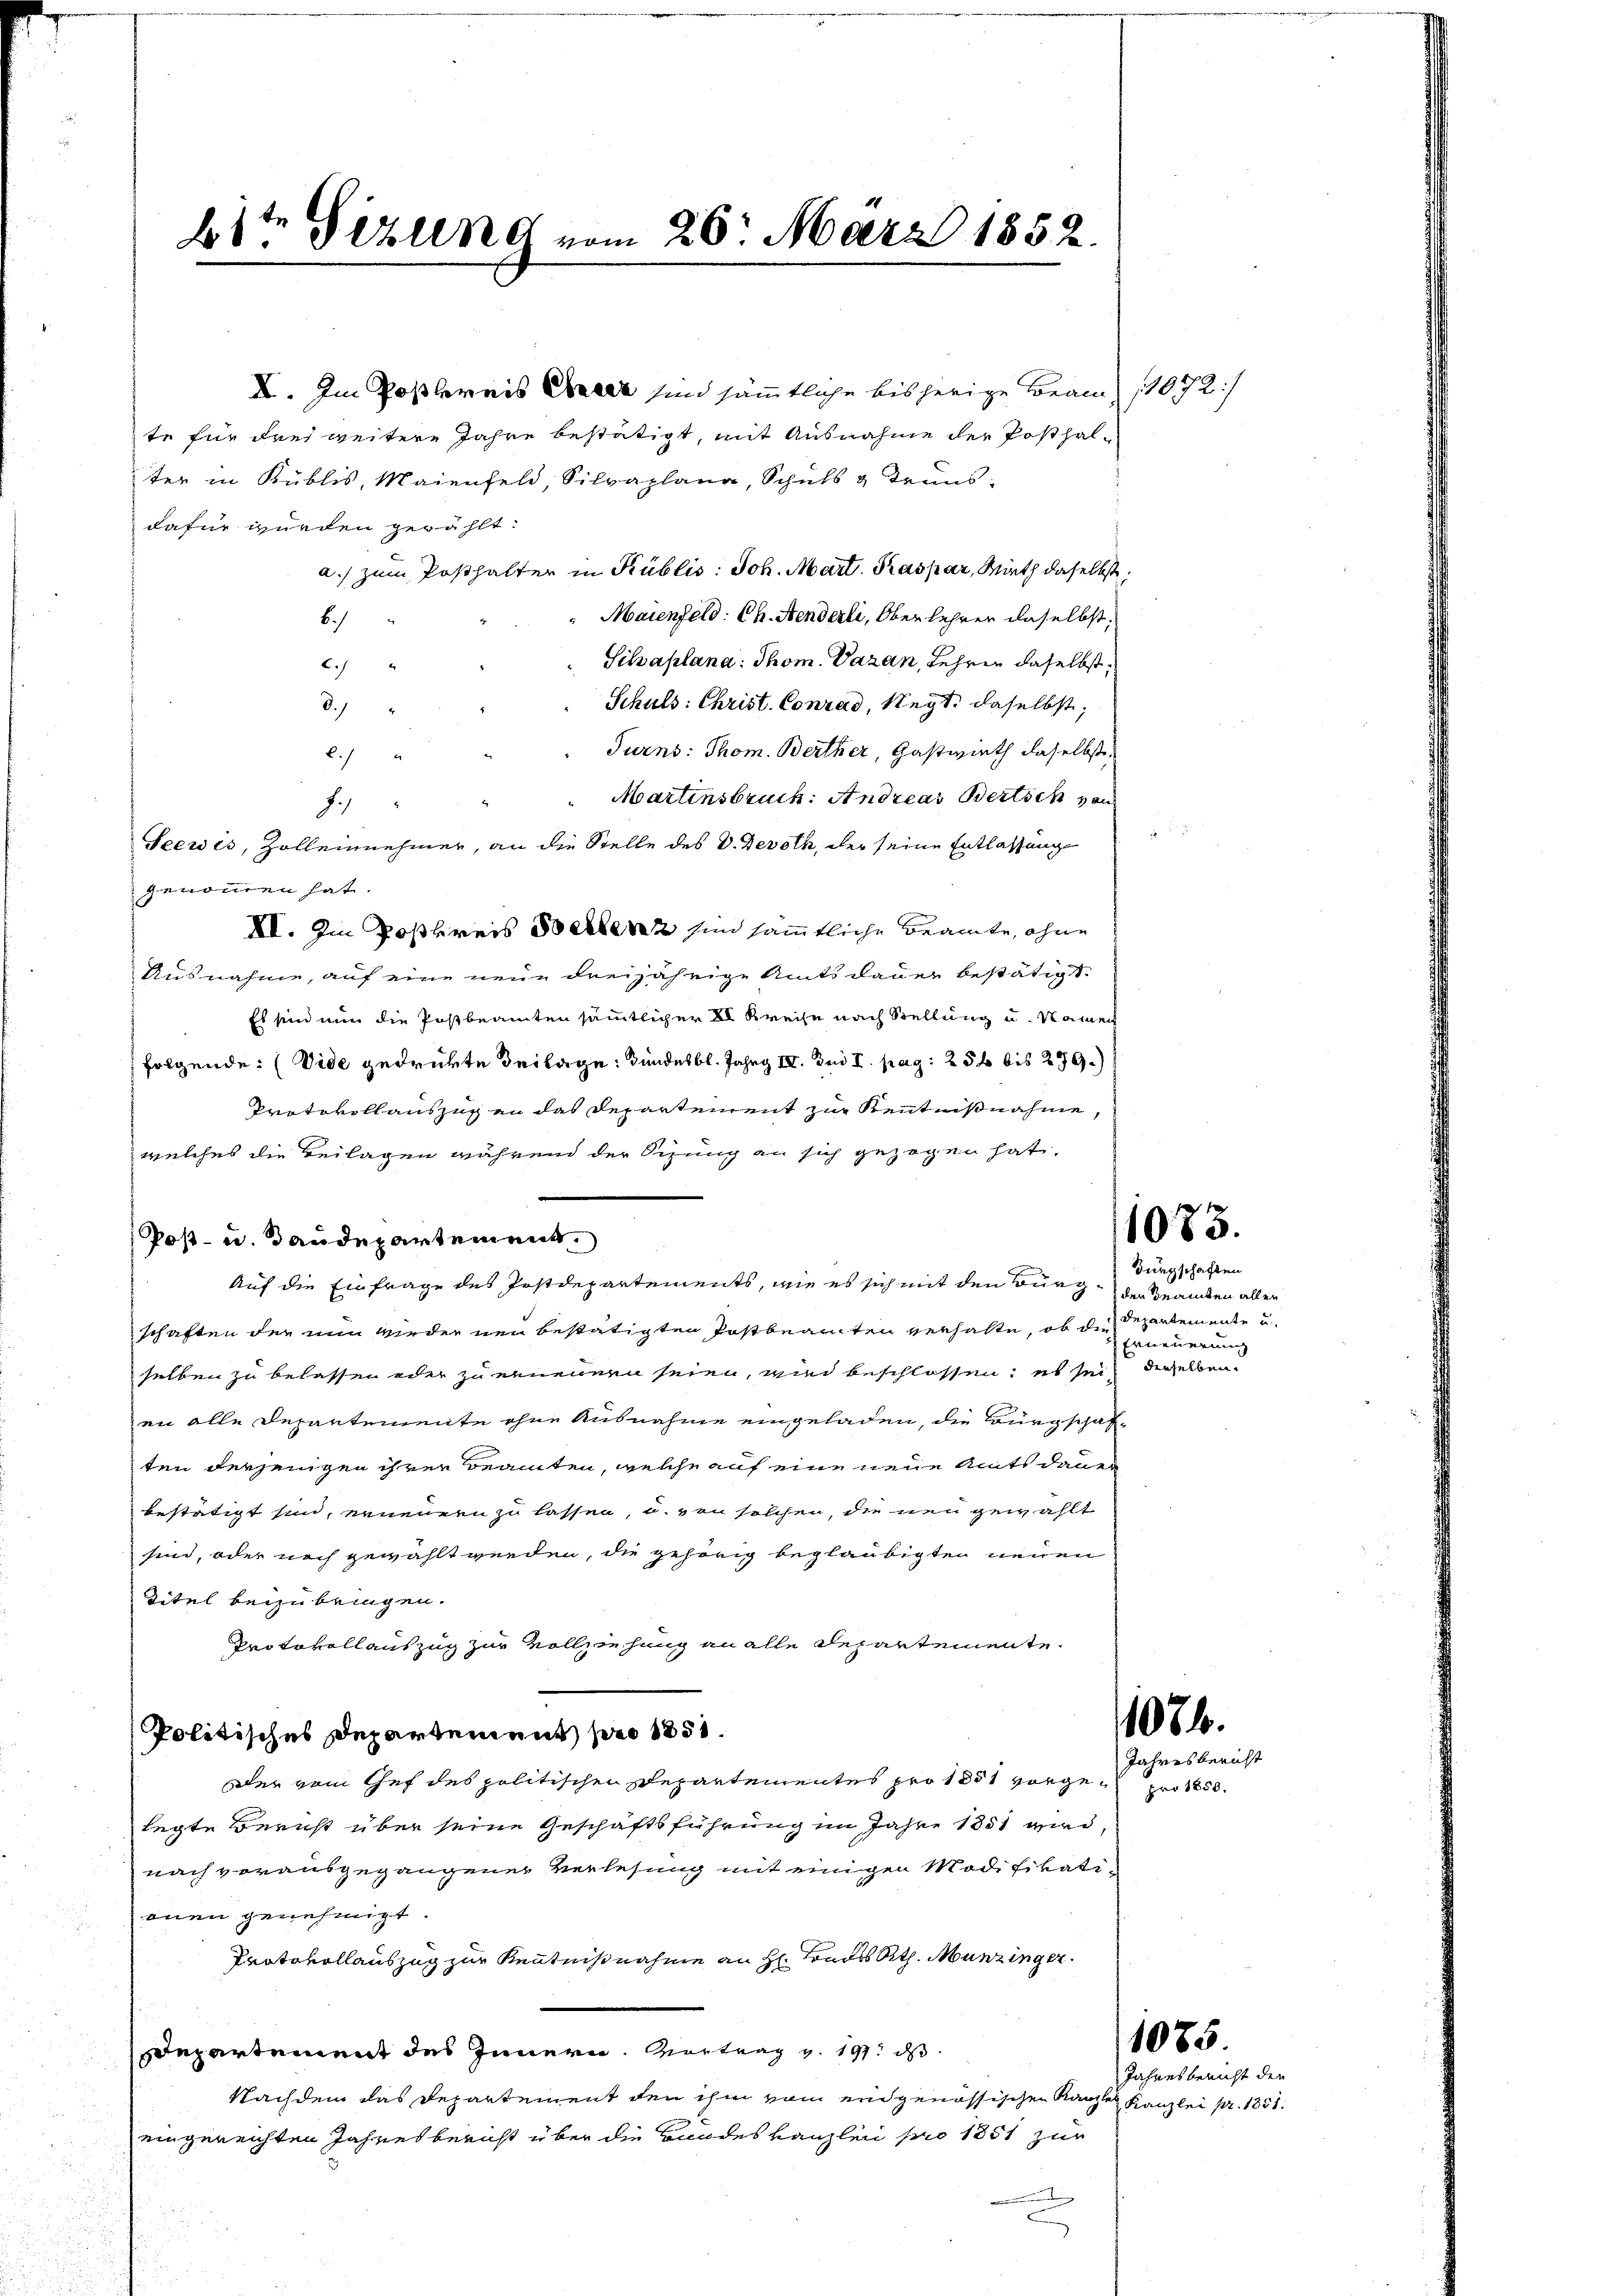
2ste Verung vom 26. März 1852.

I. Im Postlereis Seele sind sämmtliche bisherige Brand 11072/
te für drei weitere Jahre bestätigt, mit Ausnahme der Posthalter in Küblis, Maienfeld, Silvaplana, Schuls & Trunsdafür würden gewählt:
a.) zum Posthalter in Küblis: Joh. Mart. Kaspar, Wirth daselbst
Maienfeld: Ch. Aenderli, Oberlehrer daselbst.
6.)
Silvaplana: Thom. Daran, Lehren daselbst,
B
Schuls: Christ. Conrad, Negt, daselbst,
d.)
Turns: Thom. Berther, Gastwirth daselbst,
B./
Martinsbruch: Andreas Bertsch von
.
Seewis, Zolleinehmer, an die Stelle des V. Devoth, der seine Entlassung
genommen hat.
XI. Im Postkreis Bestenz sind sämmtliche Beamte, ohne
Ausnahme, auf eine neue dreijährige Amtsdauer bestätigt.
Es sind nun die Postbeamten sämmtlicher II Kreise nach Stellung u. Namen
folgende: (Vide gedrükte Beilage: Bundesbl. Jahrg IV. Dni I. pag. 256 bis 279.)
Protokollauszug an das Departement zur Kenntnißnahme,
welches die Beilagen während der Sitzung an sich gezogen hat,
Auf die Einfrage des Postdepartements, wie es sich mit den Burg, der Beamten allen
schaften der nun wieder neu bestätigten Postbeachten verhalte, ob die Repartemente u.
selben zu belassen oder zu ernennen seien, wird beschlossen, es seit derselben
en alle Departemente ohne Ausnahme eingeladen, die Bürgschaf-
ten derjenigen ihrer Beamten, welche auf eine neue Amtsdauer
bestätigt sind, erneuern zu lassen, u. von solchen, die neu gewählt
sind, oder noch gewählt werden, die gehörig beglaubigten neuen
Titel beizubringen.
Protokollauszug zur Vollziehung an alle Repartemente.
Politisches Departement pro 1851.
Der vom Chef des politischen Departementes pro 1881 vorge pro 1850.
legte Bericht über seine Geschäftsführung im Jahre 1851 wird,
nach vorausgegangener Verlesung mit einigen Modifikatienen genehmigt.
Protokollauszug zur Kenntnißnahme an H. Hass Rth. Munzinger
sdepartement des Innern Vortrag v. 197. ds
Nachdem das Departement den ihm vom eidgenössischen Kanzler Kanzlei pr. 1851.
eingereichten Jahresbericht über die Bundes Kanzlei pro 1851 zur

Post- u. Baudepartement.

1083.

Bürgschaften
Erneuerung

1084.
Jahresbericht

1085

Jahresbericht der